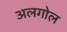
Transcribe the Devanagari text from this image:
अलगोल